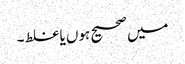
میں صحیح ہوں یا غلط ۔